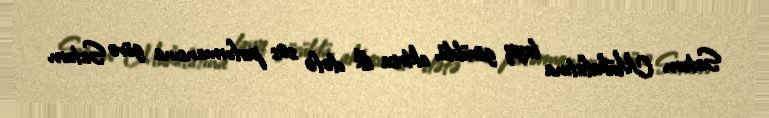
Saturn Mükafatına layiq görüldü, aktrisa ilk dəfə səs performansına görə Saturn